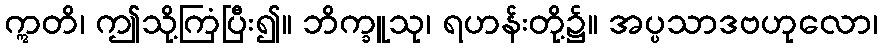
ဣတိ၊ ဤသို့ကြံပြီး၍။ ဘိက္ခူသု၊ ရဟန်းတို့၌။ အပ္ပသာဒဗဟုလော၊